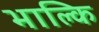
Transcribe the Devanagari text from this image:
भाल्कि